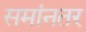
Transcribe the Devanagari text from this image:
समांनतर